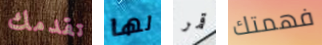
تقدمك لها قمر فهمتك